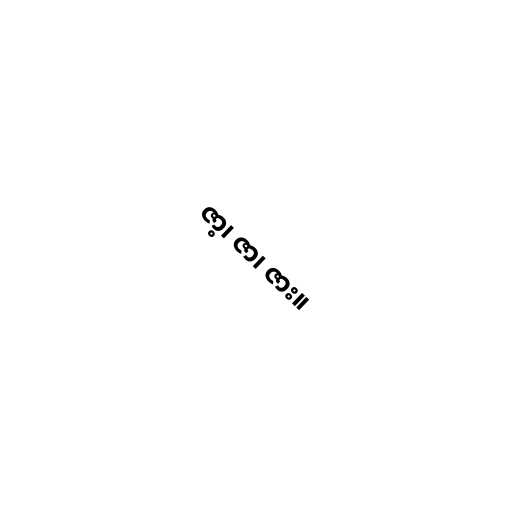
ဇာ့၊ ဇာ၊ ဇား။